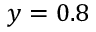
y = 0 . 8